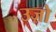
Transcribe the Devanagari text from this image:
उज़ो